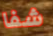
شفا